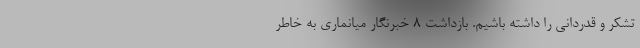
تشکر و قدردانی را داشته باشیم. بازداشت 8 خبرنگار میانماری به خاطر